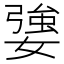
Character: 𡠥